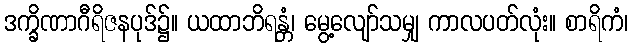
ဒက္ခိဏာဂီရိဇနပုဒ်၌။ ယထာဘိရန္တံ၊ မွေ့လျော်သမျှ ကာလပတ်လုံး။ စာရိကံ၊